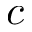
c